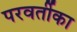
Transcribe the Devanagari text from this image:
परवर्तीका